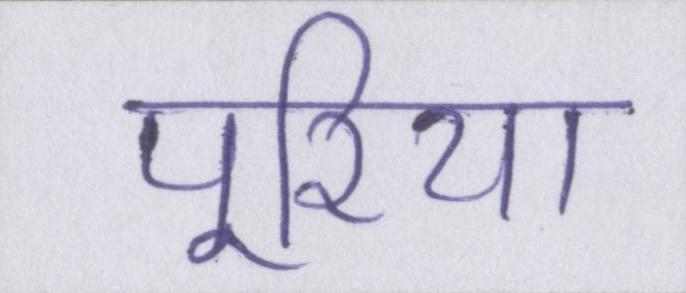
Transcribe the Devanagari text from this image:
पूरिया